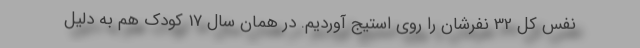
نفس کل 32 نفرشان را روی استیج آوردیم. در همان سال 17 کودک هم به دلیل